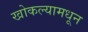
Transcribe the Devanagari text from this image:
खोकल्यामधून